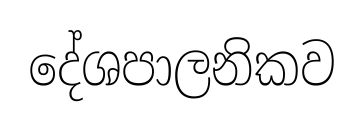
දේශපාලනිකව